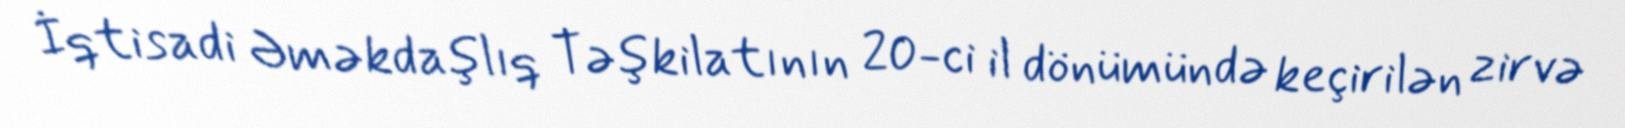
İqtisadi Əməkdaşlıq Təşkilatının 20-ci il dönümündə keçirilən zirvə